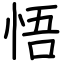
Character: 悟